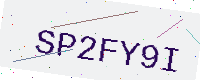
Text: SP2FY9I